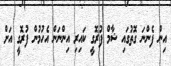
އިން ފެންނަ ގޮތުގައި ޝާމް ފުރޮގީ ކައިރި އިންނަން އެހުމުން ފުރޮގީ އަށް